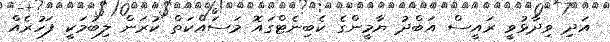
އަދި ވިދާޅުވީ ރައީސް އަބްދު ޔާމީންގެ ކެބިނެޓްގައޮ މަސައްކަތް ކުރަން ލިބުމަކީ ފަހުރެއް